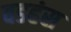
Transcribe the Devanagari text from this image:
वडहंस